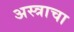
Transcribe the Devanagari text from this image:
अस्त्राचा